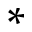
*